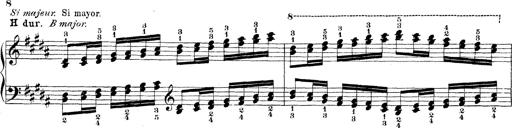
Title: Technische Studien
Composer: Franz Liszt